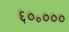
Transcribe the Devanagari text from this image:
६०॰०००